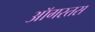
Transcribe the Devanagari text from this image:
ऑगस्तस